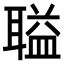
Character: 𫆌